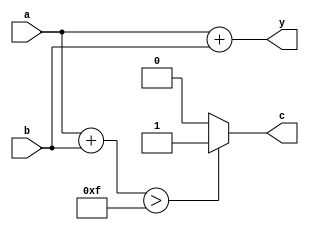
`timescale 1ns / 1ps
//////////////////////////////////////////////////////////////////////////////////
// Company: 
// Engineer: 
// 
// Design Name: 
// Module Name: add
// Project Name: 
// Target Devices: 
// Tool Versions: 
// Description: 
// 
// Dependencies: 
// 
// Revision:
// Revision 0.01 - File Created
// Additional Comments:
// 
//////////////////////////////////////////////////////////////////////////////////


module add(a, b, y, c);
input [3:0] a;
input [3:0] b;
output reg [3:0] y;
output reg c;

always @ (*)
begin
    c = 0;
    y = a + b;
    if (a + b > 15) c = 1;
end
endmodule